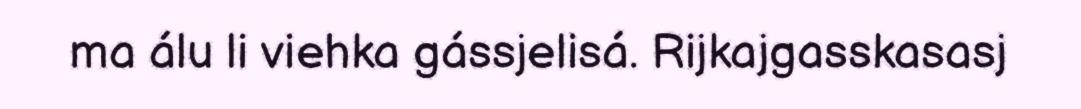
ma álu li viehka gássjelisá. Rijkajgasskasasj